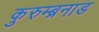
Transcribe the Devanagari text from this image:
कुरुम्ब्रनाड